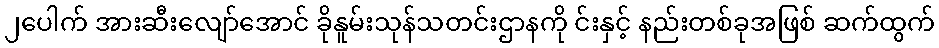
၂ပေါက် အားဆီးလျော်အောင် ခိုနူမ်းသုန်သတင်းဌာနကို င်းနှင့် နည်းတစ်ခုအဖြစ် ဆက်ထွက်